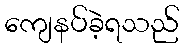
ကျေနပ်ခဲ့ရသည်